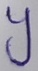
Text: Y